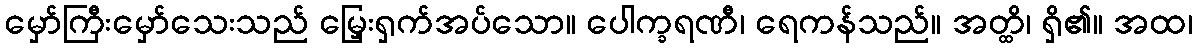
မှော်ကြီးမှော်သေးသည် မြှေးရှက်အပ်သော။ ပေါက္ခရဏီ၊ ရေကန်သည်။ အတ္ထိ၊ ရှိ၏။ အထ၊